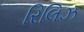
રિલિઝ